Vaccination in Bombay 1913-1923 - 1913-1923
Year: 1913
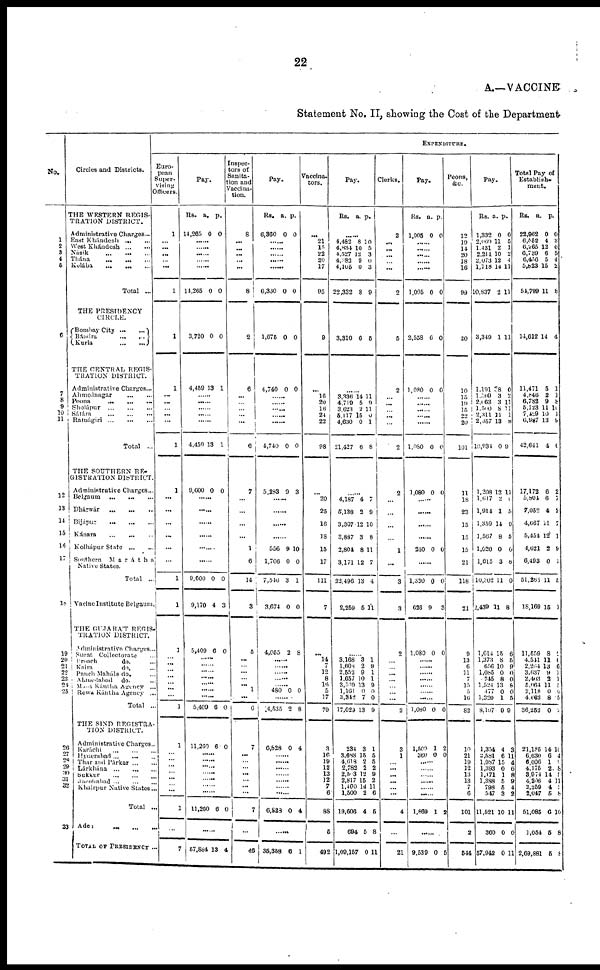
22
A.—VACCINE
Statement No. II, showing the Cost of the Department
No.
1
2
3 4
5
6
7
8
9
10
11
12
13
14
15
16
17
18
19
20
21
22
23
24
25
26
27
28 29
30
31
32
33
Circles and Districts.
THE WESTERN REGIS-
TRATION DISTRICT.
Administrative Charges...
East Khándesh
...
...
West Khándesh
...
...
Násik
...
...
...
Thána
...
...
...
Kolába
...
...
...
Total ...
THE PRESIDENCY
CIRCLE.
Bombay City
...
...
Bándra
...
...
Kurla
...
...
THE CENTRAL REGIS-
TRATION DISTRICT.
Administrative Charges...
Ahmednagar ... ...
Poona
... ... ...
Sholápur
...
...
...
Satára ... ... ...
Ratnágiri
...
...
...
Total ...
THE SOUTHERN RE¬
GISTRATION DISTRICT.
Administrative Charges...
Belaum
...
... ...
Dhárwár
...
...
...
Bijápur
...
...
...
Kánara
...
...
...
Kolhápur State
...
...
Southern
Marátha
Native States.
Total ...
Vacine Institute Belgaum.
THE GUJARÁT REGIS¬
TRATION DISTRICT.
Administrative Charges...
Surat Collectorate ...
Broach
do. ...
Kaira
do. ...
Panch Maháls do. ...
Ahmedabad
do. ...
Mahi Kántha Agency ...
Rewa Kántha Agency ...
Total ..
THE SIND REGISTRA¬
TION DISTRICT.
Administrative Charges ...
Karáchi
...
...
...
Hyderabad
...
...
...
Thar and Párkar ... ...
Lárkhána
...
...
...
Sukkur
...
...
...
Jacobabad ... ... ...
Khairpur Native States...
Total ...
Aden
...
...
...
TOTAL OF PRESIDENCY ...
EXPENDITURE.
Euro-
pean
Super-
vising
Officers.
1
...
...
...
...
...
1
1
1
...
...
...
...
...
1
1
...
...
...
...
...
...
1
1
1
...
...
...
...
...
...
...
1
1
...
...
...
...
...
...
...
1
...
7
Pay.
Rs.
14,265
a.
0
p.
0
......
......
......
......
14,265 0 0
3,720 0 0
4,459 13 1
......
......
......
......
......
4,459 13 1
9,600 0 0
......
......
......
9,600
9,170
0
4
0
3
5,409 6 0
......
......
......
......
......
......
5,409 6 0
11,260 6 0
......
......
......
......
......
......
11,280 6 0
......
57,884 13 4
Inspec-
tors of
Sanita-
tion and
Vaccina-
tion.
8
...
...
...
...
...
8
2
6
...
...
...
...
...
6
7
...
...
...
...
1
6
14
3
8
...
...
...
...
...
1
...
0
...
...
...
...
...
...
...
...
7
...
48
Pay.
Rs.
6,360
a.
0
p.
0
......
......
......
......
6,330 0 0
1,075 0 0
4,740 0 0
......
......
......
......
......
4,740 0 0
5,283 9 3
......
......
......
......
556
1,708
7,546
3,674
9
0
3
0
10
0
1
0
4,055
2 8
......
......
......
......
......
480 0 0
......
4,535 2 8
6,828 0 4
......
......
......
......
......
......
6,828 0 4
......
35,358 8 1
Vaccina¬
tors.
...
21
15
22
20
17
95
9
...
18
20
16
24
22
98
...
20
25
16
18
15
17
111
7
...
14
...
12
8
16
5 17
79
3
16
19
12
13
12
7
6
88
5
492
Pay.
Rs.
a. p.
......
4,482
4,834
4,527
4,383
4,105
22,332
8
10
12
9 0
8
10
5
3
0
3
9
3,310 6 5
......
3,336
4,719
3,623
5,117
4,630
21,427
14
5
2
15
0
6
11
9
11
0
1
8
......
4,187
5,138
3,307
3,887
2,804
3,171
22,496
2,259
4
2
12
3
8
12
13
5
7
9
10
8
11
7
4
11
......
3,168
1,608
2,552
1,657
3,539
1,101
3,342
17,029
3
2
9
10
13
0
7
13
1
9
1
1
9
0
0
9
234
3,688
4,018
2,782
2,503
2,817
1,400
1,500
19,606
694
1,09,157
3
15
2
2
12
15
14
2
4
5
0
1
5
5
2
9
2
11
6
5
8
11
Clerks.
2
...
...
...
...
...
2
5
2
...
...
...
...
...
2
2
...
...
...
...
1
...
3
3
9
...
...
...
...
...
...
...
2
3
1
...
...
...
...
...
...
4
...
21
Pay.
Rs.
1,005
a.
0
p.
0
......
......
......
......
1,005 0 0
2,558 6 0
1,080 0 0
......
......
......
......
1,080 0 0
1,080 0 0
......
240 0 0
1,320
628
0
9
0
3
1,080 0 0
......
.
......
......
......
1,080 0 0
1,500
360
1
0
2
0
......
......
......
......
1,869 1 2
9,539 0 5
Peons,
&c.
12
19
14
20
18
16
99
20
10
15
19
15
...
20
101
11
13
23
15
15
15
21
118
21
9
13
6
11
7
15
5
16
82
10
21
19
12
13
13
7
6
101
2
544
Pay.
Rs.
1,332
2,069
1,431
2,211
2,073
1,718
10,837
a.
0
11
2
10
12
14
2
p.
0
5
1
2
4
11
11
3,349 1 11
1,191
1,509
2,063
1,500
2,311
2,957
10,934
78
3
3
8
11
13
0
0
2
11
11
1
8
0
1,208
1,617
1,914
1,359
1,567
1,020
1,615
10,302
2,439
12
2
1
11
8
0
3
11
11
11
6
5
0
5
0
6
0
8
1,014
1,373
650
1,085
745
1,524
477
1,320
8,197
15
8
10
0
8
13
0
1
9
6
5
9
0
0
8
0
5
9
1,354
2,581
1,987
1,393
1,471
1,388
798
547
11,521
360
57,942
4
6
15
0
1
5
6
3
10
0
0
3
11
4
6
8
9
4
2
11
0
11
Total Pay of
Establish¬
ment.
Rs.
22,962
6,552
6,265
6,739
6,456
5,823
51,799
a.
0
4
12
6
5
16
11
p.
0
3
6
5
4
2
8
14,612 14 4
11,471
4,846
6,782
6,123
7,429
6,987
42,641
5
2
9
11
10
13
4
1
1
8
10
1
9
6
17,172
5,804
7,052
4,667
5,454
4,621
6,493
51,265
18,169
6
6
4
11
12
2
0
11
15
2
7
2
7
1
9
1
5
1
11,559
4,541
2,264
3,637
2,403
6,064
2,118
4,662
36,252
8
11
13
9 2
11
0
8
0
1
6
6
1
1
5
0
5
2
21,185
6,630
6,606
4,175
3,974
4,206
2,259
2,047
51,085
1,054
2,69,881
14
6
1
2
14
4
4
5
6
5
6
10
4
9 8
5
11
1 8
10
8
8